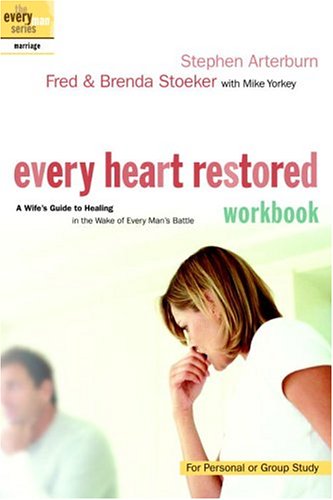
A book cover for Every Heart Restored Workbook: A Wife's Guide to Healing in the Wake of Every Man's Battle (The Every Man Series); Stephen Arterburn; Health, Fitness & Dieting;